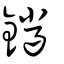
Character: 鑞